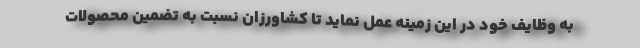
به وظایف خود در این زمینه عمل نماید تا کشاورزان نسبت به تضمین محصولات